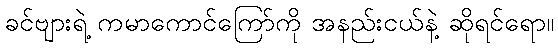
ခင်ဗျားရဲ့ ကမာကောင်ကြော်ကို အနည်းငယ်နဲ့ ဆိုရင်ရော။